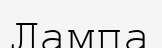
Лампа